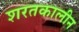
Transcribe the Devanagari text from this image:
शरतकालीन